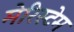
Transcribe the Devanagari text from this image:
मेरिस्टेम